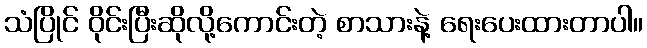
သံပြိုင် ဝိုင်းပြီးဆိုလို့ကောင်းတဲ့ စာသားနဲ့ ရေးပေးထားတာပါ။